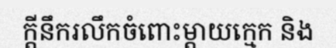
ក្តីនឹករលឹកចំពោះម្តាយក្មេក និង